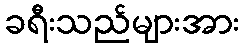
ခရီးသည်များအား